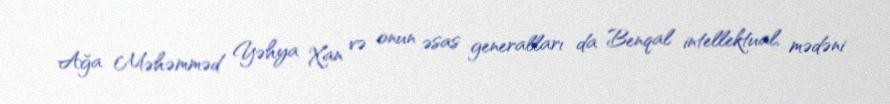
Ağa Məhəmməd Yəhya Xan və onun əsas generalları da Benqal intellektual, mədəni